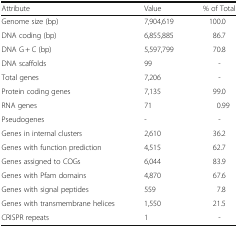
| Attribute | Value | % of Total |
 | --- | --- | --- |
 | Genome size (bp) | 7,904,619 | 100.0 |
 | DNA coding (bp) | 6,855,885 | 86.7 |
 | DNA G + C (bp) | 5,597,799 | 70.8 |
 | DNA scaffolds | 99 | - |
 | Total genes | 7,206 | - |
 | Protein coding genes | 7,135 | 99.0 |
 | RNA genes | 71 | 0.99 |
 | Pseudogenes | - | - |
 | Genes in internal clusters | 2,610 | 36.2 |
 | Genes with function prediction | 4,515 | 62.7 |
 | Genes assigned to COGs | 6,044 | 83.9 |
 | Genes with Pfam domains | 4,870 | 67.6 |
 | Genes with signal peptides | 559 | 7.8 |
 | Genes with transmembrane helices | 1,550 | 21.5 |
 | CRISPR repeats | 1 | - |